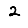
Digit: 2